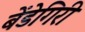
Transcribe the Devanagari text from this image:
बेंडेगिरी